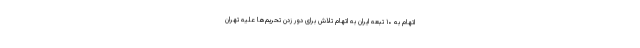
اتهام به ۱۰ تبعه ایران به اتهام تلاش برای دور زدن تحریم‌ها علیه تهران